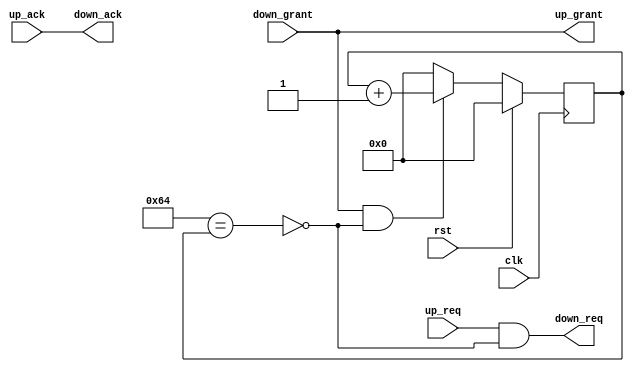
module timer
  #(parameter
    TIMEOUT = 100)
   (input       clk,
    input       rst,

    input       up_req,
    output      up_grant,
    input       up_ack,

    output      down_req,
    input       down_grant,
    output      down_ack
);


    /**
     * Local parameters
     */

`ifdef VERBOSE
    initial $display("Bus timer with timeout %d", TIMEOUT);
`endif


    /**
     * Internal signals
     */

    wire        timeout;
    reg  [31:0] counter;


    /**
     * Implementation
     */

    assign up_grant = down_grant;

    assign down_ack = up_ack;

    assign timeout = (TIMEOUT == counter);

    assign down_req = up_req & ~timeout;


    always @(posedge clk)
        if (rst) counter <= 'b0;
        else begin
            counter <= 'b0;

            if (down_grant & ~timeout) begin
                counter <= counter + 1'b1;
            end
        end


endmodule